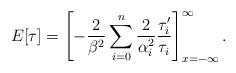
LaTeX: \begin{align*}E[\tau ]=\left[ -\frac 2{\beta ^2}\sum_{i=0}^n\frac 2{\alpha _i^2}\frac{\tau_i^{\prime }}{\tau _i}\right] _{x=-\infty }^\infty . \end{align*}